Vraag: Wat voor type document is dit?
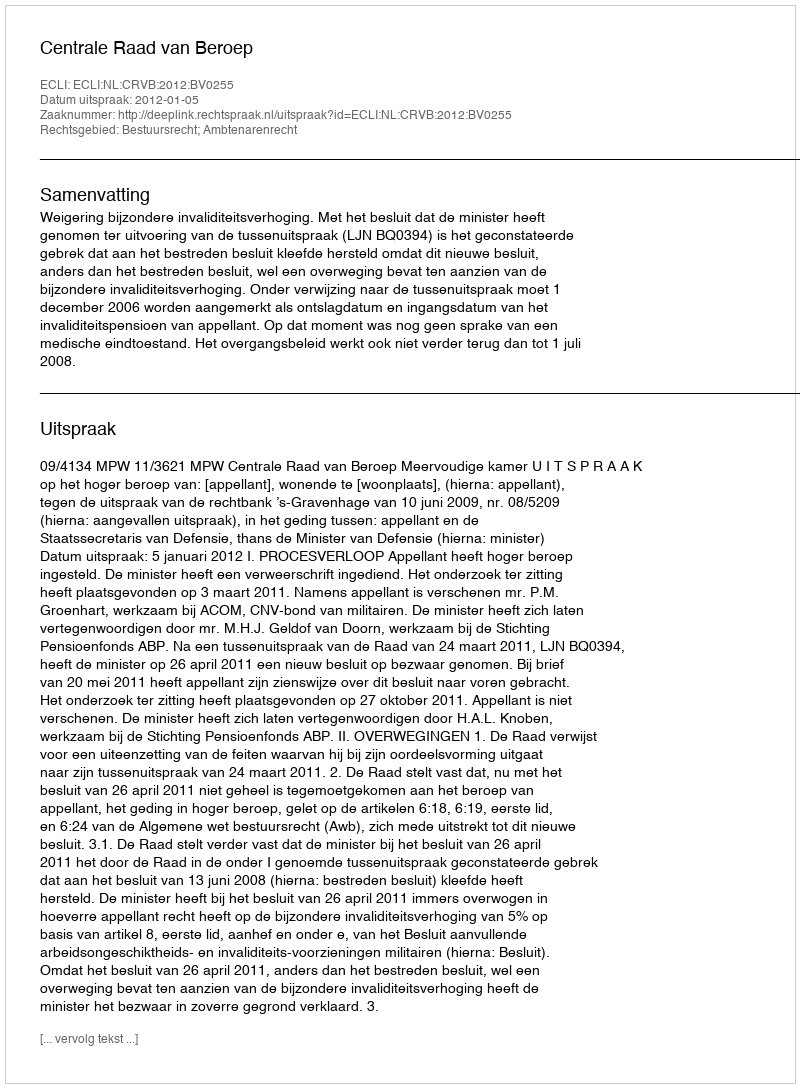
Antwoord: Uitspraak